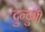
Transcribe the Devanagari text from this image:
दुन्‍दुभी